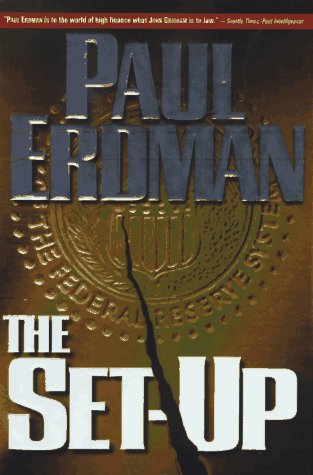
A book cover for The Set-Up; Paul Emil Erdman; Mystery, Thriller & Suspense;